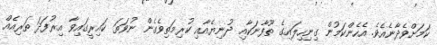
ކަމަށްވެދާނެއެވެ. އެހެންކަމުން ގިނިހިލައިގެ ތޫފާނަކާއި ދުނިޔެއާއި ކުރިމަތިވެގެން ނުވަތަ ކައިރީގައިވާ އިރުފަދަ ތަރިއެއް